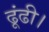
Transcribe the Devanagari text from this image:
ढूंढी।